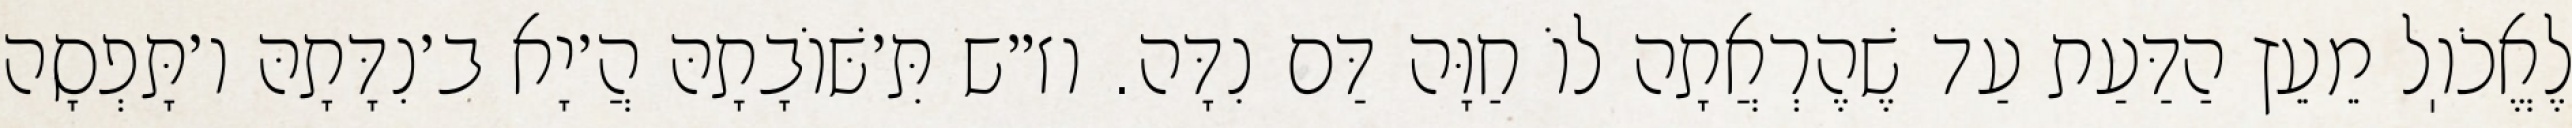
לֶאֱכֹוֽל מֵעֵץ הַדַּעַת עַד שֶׁהֶרְאֲתָה לוֹ חַוָּה דַּם נִדָּה. וז״ש תִּ׳שּׁוֹבָתָהּ הֲ׳יָא ב׳נִדָּתָהּ ו׳תָּפְסָה